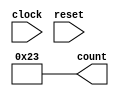
`timescale 1ns / 1ps
//////////////////////////////////////////////////////////////////////////////////
// Company: 
// 
// Design Name: 
// Module Name: gameCounter
// Project Name: WAM
// Target Devices: 
// Tool Versions: 
// Description: game counter to act as state director for project
// 
// Dependencies: 
// 
// Revision:
// Revision 0.01 - File Created
// Additional Comments:
// 
//////////////////////////////////////////////////////////////////////////////////


module gameCounter(
    input clock, reset,
    output reg[5:0] count
    );
    reg enable;
    
    always @ (reset) begin
        count <= 6'b100011;
        enable <= reset?1'b0:1'b1;
    end
    
    always @ (posedge clock) begin
        enable = (count == 6'b0)?1'b0:enable;
        count = enable?(count - 1'b1):count;
    end
    
endmodule